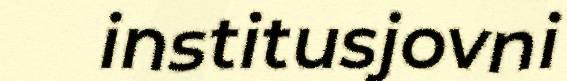
institusjovni